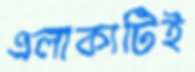
এলাকাটিই